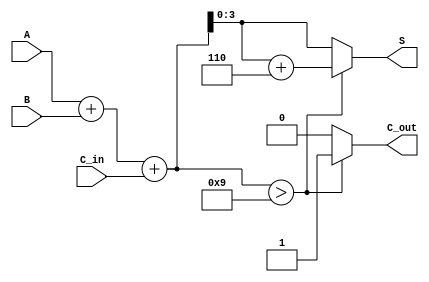
module BCD_Adder (
    input  wire [3:0] A,      // First BCD digit (4 bits)
    input  wire [3:0] B,      // Second BCD digit (4 bits)
    input  wire       C_in,    // Carry-in (1 bit)
    output reg  [3:0] S,       // Sum output (4 bits) representing BCD result
    output reg        C_out     // Carry-out (1 bit)
);

    wire [4:0] binary_sum;      // 5 bits to hold the binary sum including carry
    wire correction_needed;       // Flag to determine if correction is needed

    // Step 1: Perform binary addition
    assign binary_sum = A + B + C_in;

    // Step 2: Determine if correction is needed
    assign correction_needed = (binary_sum > 5'b01001); // Check if binary sum > 9

    // Step 3: Calculate the BCD result and carry-out
    always @(*) begin
        if (correction_needed) begin
            S = binary_sum + 4'b0110; // Apply correction
            C_out = 1;                // Carry-out is asserted
        end else begin
            S = binary_sum[3:0];      // Take lower 4 bits for valid BCD
            C_out = 0;                // No carry-out
        end
    end

endmodule